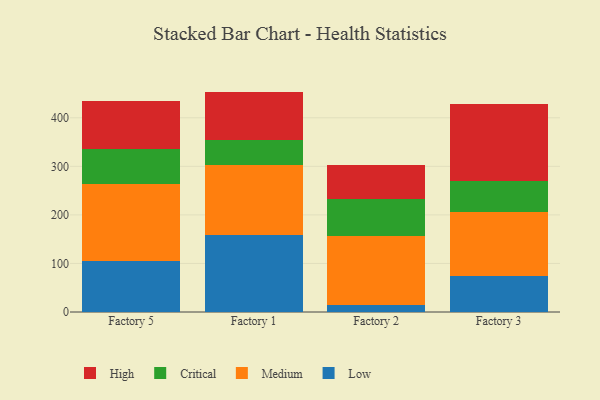
{"axis": {"x": "Factory", "y": "Shipments"}, "legend": ["Critical", "High", "Low", "Medium"], "data": [{"x": "Factory 5", "y": 105.5, "type": "Low"}, {"x": "Factory 5", "y": 158.0, "type": "Medium"}, {"x": "Factory 5", "y": 72.5, "type": "Critical"}, {"x": "Factory 5", "y": 98.3, "type": "High"}, {"x": "Factory 1", "y": 158.7, "type": "Low"}, {"x": "Factory 1", "y": 143.1, "type": "Medium"}, {"x": "Factory 1", "y": 53.4, "type": "Critical"}, {"x": "Factory 1", "y": 98.7, "type": "High"}, {"x": "Factory 2", "y": 14.0, "type": "Low"}, {"x": "Factory 2", "y": 141.6, "type": "Medium"}, {"x": "Factory 2", "y": 76.2, "type": "Critical"}, {"x": "Factory 2", "y": 70.7, "type": "High"}, {"x": "Factory 3", "y": 74.7, "type": "Low"}, {"x": "Factory 3", "y": 130.5, "type": "Medium"}, {"x": "Factory 3", "y": 65.3, "type": "Critical"}, {"x": "Factory 3", "y": 157.5, "type": "High"}]}